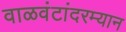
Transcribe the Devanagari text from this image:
वाळवंटांदरम्यान